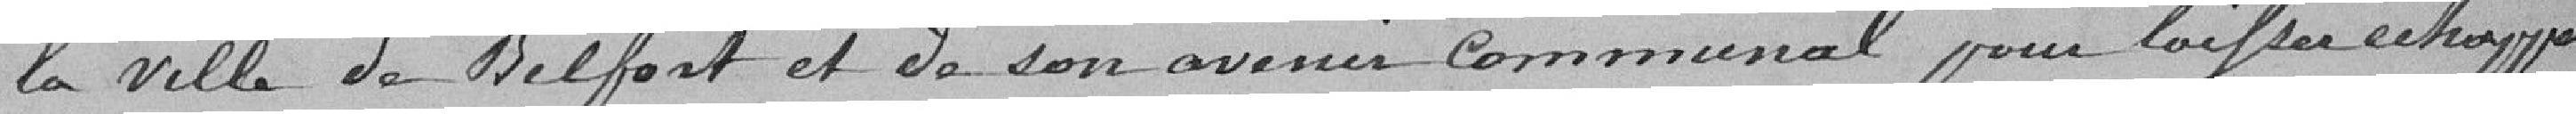
la ville de Belfort et de son avenir communal pour laisser échapper